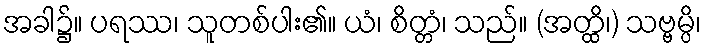
အခါ၌။ ပရဿ၊ သူတစ်ပါး၏။ ယံ၊ စိတ္တံ၊ သည်။ (အတ္ထိ၊) သဗ္ဗမ္ပိ၊